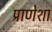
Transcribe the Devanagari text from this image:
प्राणेशा